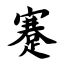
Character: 蹇